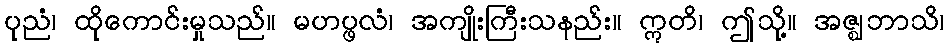
ပုညံ၊ ထိုကောင်းမှုသည်။ မဟပ္ဖလံ၊ အကျိုးကြီးသနည်း။ ဣတိ၊ ဤသို့။ အဇ္ဈဘာသိ၊